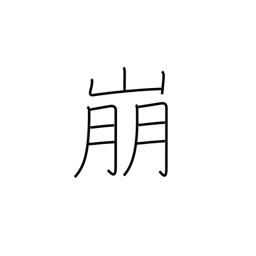
Meaning: demolish